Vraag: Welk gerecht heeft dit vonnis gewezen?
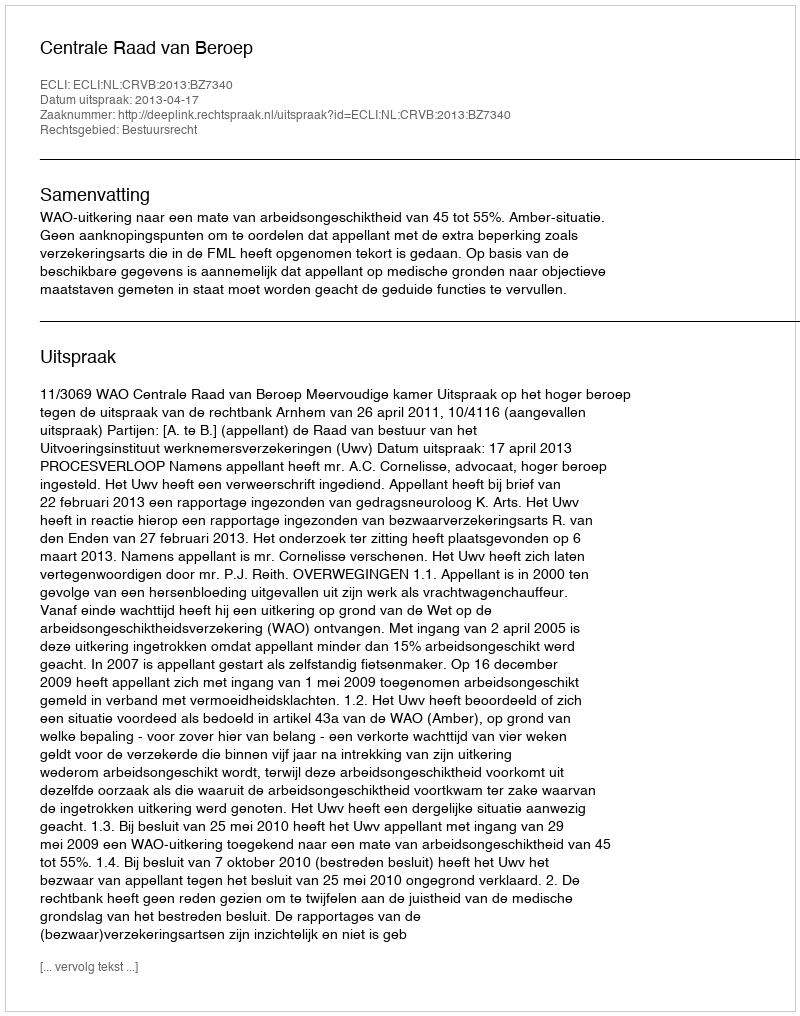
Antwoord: Centrale Raad van Beroep